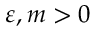
\varepsilon , m > 0